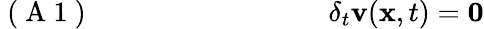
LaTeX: \mathrm{~(~A~1~)~}\; \; \; \; \; \; \; \; \; \; \; \; \; \; \; \; \; \; \; \; \; \; \; \; \; \; \; \; \; \; \delta_{t}{\mathbf v}({\mathbf x},t)={\mathbf 0}